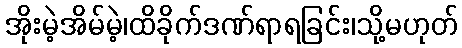
အိုးမဲ့အိမ်မဲ့၊ထိခိုက်ဒဏ်ရာရခြင်း၊သို့မဟုတ်